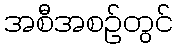
အစီအစဉ်တွင်